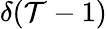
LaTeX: \delta(\mathcal{T}-1)